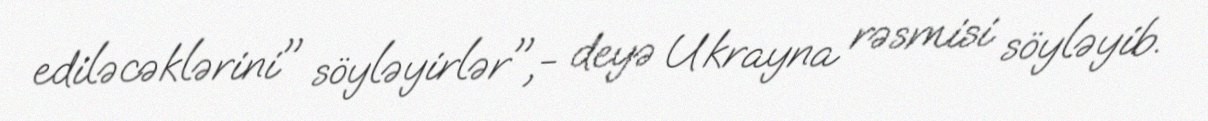
ediləcəklərini" söyləyirlər",- deyə Ukrayna rəsmisi söyləyib.